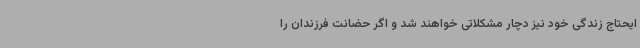
ایحتاج زندگی خود نیز دچار مشکلاتی خواهند شد و اگر حضانت فرزندان را